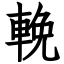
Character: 輓